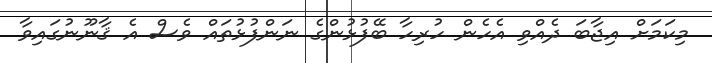
މިކަމަށް އިޖާބަ ދެއްވި އެހެން ހުރިހާ ބޭފުޅުންގެ ނަންފުޅުތައް ވެސް އެ ޤާނޫނުގައިވާ